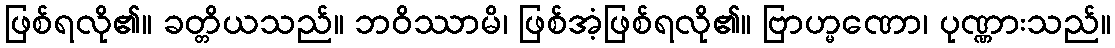
ဖြစ်ရလို၏။ ခတ္တိယသည်။ ဘဝိဿာမိ၊ ဖြစ်အံ့ဖြစ်ရလို၏။ ဗြာဟ္မဏော၊ ပုဏ္ဏားသည်။